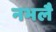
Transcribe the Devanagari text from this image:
नभलै